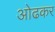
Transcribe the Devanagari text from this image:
ओढकर